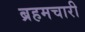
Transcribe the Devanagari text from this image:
ब्रहमचारी